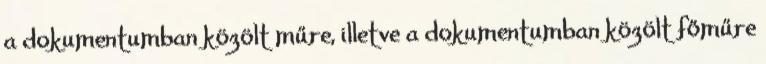
a dokumentumban közölt műre, illetve a dokumentumban közölt főműre